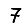
Digit: 7